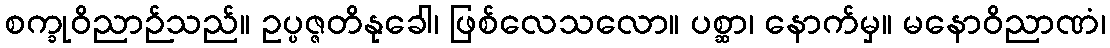
စက္ခုဝိညာဉ်သည်။ ဥပ္ပဇ္ဇတိနုခေါ၊ ဖြစ်လေသလော။ ပစ္ဆာ၊ နောက်မှ။ မနောဝိညာဏံ၊